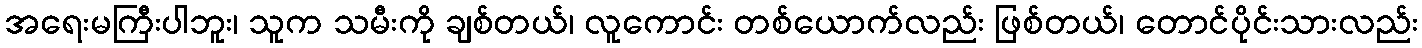
အရေးမကြီးပါဘူး၊ သူက သမီးကို ချစ်တယ်၊ လူကောင်း တစ်ယောက်လည်း ဖြစ်တယ်၊ တောင်ပိုင်းသားလည်း